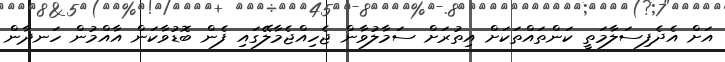
އަށް އެދެފިސަލާމަތީ ކަންތައްތަކަށް އިތުރަށް ސަމާލުވާން ޖެހިއްޖެމާލޭގައި ފެން ބޮޑުވާކަން އާއްމުން ހަނދާން